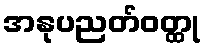
အနုပညတ်ဝတ္ထု